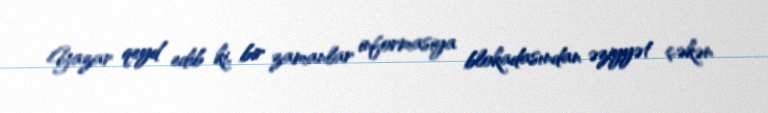
Yazar qeyd edib ki, bir zamanlar informasiya blokadasından əziyyət çəkən